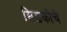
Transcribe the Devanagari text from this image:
सिडकोचे